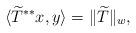
LaTeX: \begin{align*}\langle \widetilde{T}^{**}x,y\rangle=\|\widetilde{T}\|_w,\end{align*}